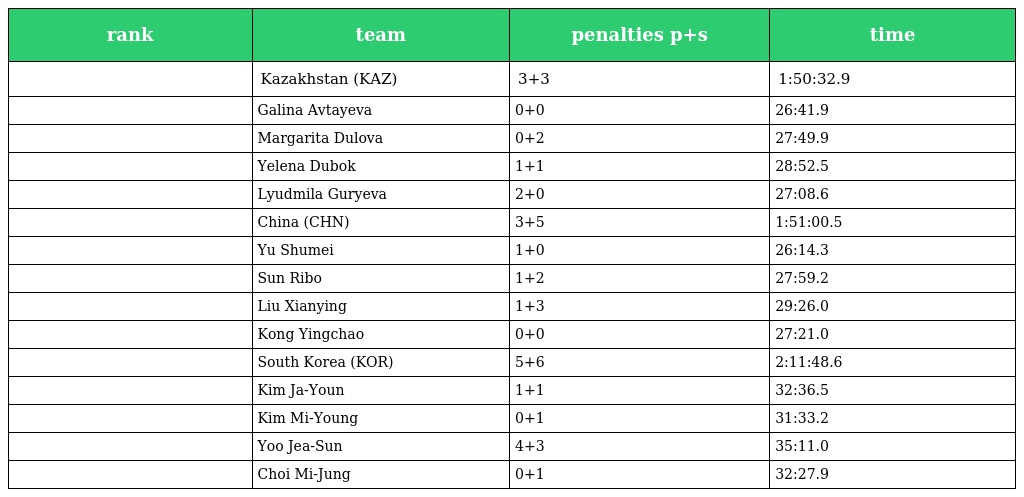
| rank | team | penalties p+s | time |
 | --- | --- | --- | --- |
 |  | Kazakhstan (KAZ) | 3+3 | 1:50:32.9 |
 |  | Galina Avtayeva | 0+0 | 26:41.9 |
 |  | Margarita Dulova | 0+2 | 27:49.9 |
 |  | Yelena Dubok | 1+1 | 28:52.5 |
 |  | Lyudmila Guryeva | 2+0 | 27:08.6 |
 |  | China (CHN) | 3+5 | 1:51:00.5 |
 |  | Yu Shumei | 1+0 | 26:14.3 |
 |  | Sun Ribo | 1+2 | 27:59.2 |
 |  | Liu Xianying | 1+3 | 29:26.0 |
 |  | Kong Yingchao | 0+0 | 27:21.0 |
 |  | South Korea (KOR) | 5+6 | 2:11:48.6 |
 |  | Kim Ja-Youn | 1+1 | 32:36.5 |
 |  | Kim Mi-Young | 0+1 | 31:33.2 |
 |  | Yoo Jea-Sun | 4+3 | 35:11.0 |
 |  | Choi Mi-Jung | 0+1 | 32:27.9 |